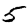
Digit: 5